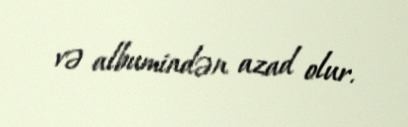
və albumindən azad olur.